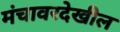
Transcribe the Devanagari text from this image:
मंचावरदेखील